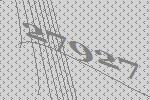
27927